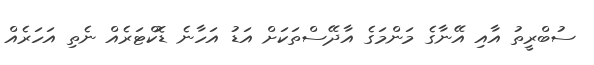
ސުބްރީތު އާއި އޭނާގެ މަންމަގެ އާދޭސްތަކަށް އަޑު އަހާނެ ޑޮކްޓަރެއް ނެތި އަހަރެއް